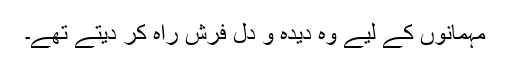
مہمانوں کے لیے وہ دیدہ و دل فرش راہ کر دیتے تھے۔